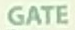
GATE